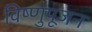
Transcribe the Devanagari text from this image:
विष्णुपूजन